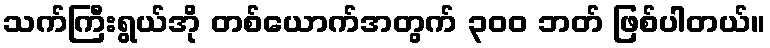
သက်ကြီးရွယ်အို တစ်ယောက်အတွက် ၃၀၀ ဘတ် ဖြစ်ပါတယ်။